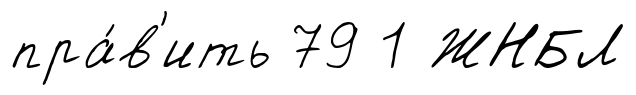
пра́в'ить 79 1 ЖНБЛ